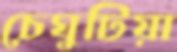
চেঘুটিয়া